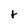
Character: r